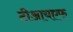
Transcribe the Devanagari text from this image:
टीआयएफ